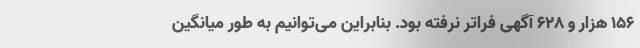
۱۵۶ هزار و ۶۲۸ آگهی فراتر نرفته بود. بنابراین می‌توانیم به طور میانگین